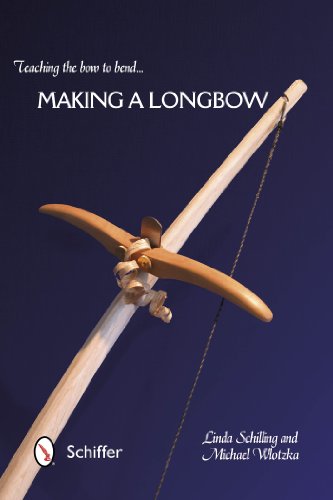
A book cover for Teaching the Bow to Bend: Making a Longbow; Linda Schilling; Sports & Outdoors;